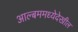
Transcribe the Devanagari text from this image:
आल्बममध्येदेखील